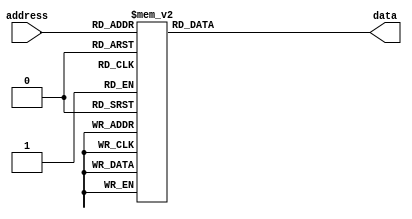
`timescale 1ns / 1ps

module ROM(
    input [4:0] address,
    output reg [5:0] data
    );

	//This ROM contains 32 samples of y = sin(x) from x = 0 to x = 2*pi.
	always @ (address)
	begin
		case(address)
			0: data = 6'b100000;
			1: data = 6'b100011;
			2: data = 6'b101001;
			3: data = 6'b110000;
			4: data = 6'b111010;
			5: data = 6'b111010;
			6: data = 6'b111010;
			7: data = 6'b111111;
			8: data = 6'b111111;
			9: data = 6'b111111;
			10: data = 6'b111010;
			11: data = 6'b111010;
			12: data = 6'b110000;
			13: data = 6'b101001;
			14: data = 6'b100100;
			15: data = 6'b011110;
			16: data = 6'b010110;
			17: data = 6'b010010;
			18: data = 6'b001100;
			19: data = 6'b001000;
			20: data = 6'b000100;
			21: data = 6'b000100;
			22: data = 6'b000010;
			23: data = 6'b000010;
			24: data = 6'b000010;
			25: data = 6'b000100;
			26: data = 6'b001100;
			27: data = 6'b010010;
			28: data = 6'b010110;
			29: data = 6'b110000;
			30: data = 6'b111110;
			31: data = 6'b100010;
			default: data = 4'hX;
		endcase
	end
endmodule